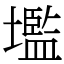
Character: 壏